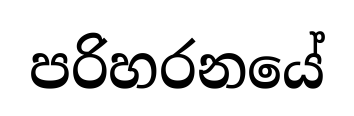
පරිහරනයේ